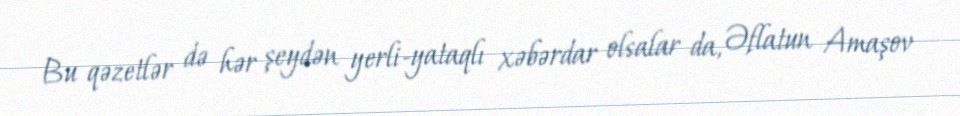
Bu qəzetlər də hər şeydən yerli-yataqlı xəbərdar olsalar da, Əflatun Amaşov